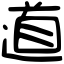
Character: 道